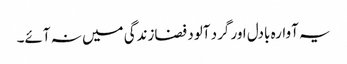
یہ آوارہ بادل اور گرد آلود فضازندگی میں نہ آئے۔